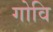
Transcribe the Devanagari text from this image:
गोवि